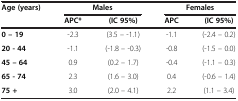
<table><thead><tr><td><b>Age (years)</b></td><td colspan="2"><b>Males</b></td><td colspan="2"><b>Females</b></td></tr><tr><td><b> </b></td><td><b>APC*</b></td><td><b>(IC 95%)</b></td><td><b>APC</b></td><td><b>(IC 95%)</b></td></tr></thead><tbody><tr><td><b>0 – 19</b></td><td>-2.3</td><td>(3.5 – -1.1)</td><td>-1.1</td><td>(-2.4 – 0.2)</td></tr><tr><td><b>20 - 44</b></td><td>-1.1</td><td>(-1.8 – -0.3)</td><td>-0.8</td><td>(-1.5 – 0.0)</td></tr><tr><td><b>45 – 64</b></td><td>0.9</td><td>(0.2 – 1.7)</td><td>-0.4</td><td>(-1.1 – 0.3)</td></tr><tr><td><b>65 - 74</b></td><td>2.3</td><td>(1.6 – 3.0)</td><td>0.4</td><td>(-0.6 – 1.4)</td></tr><tr><td><b>75 +</b></td><td>3.0</td><td>(2.0 – 4.1)</td><td>2.2</td><td>(1.1 – 3.4)</td></tr></tbody></table>